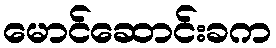
မောင်ဆောင်းခက